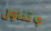
وتناول